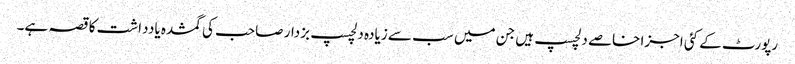
رپورٹ کے کئی اجزا خاصے دلچسپ ہیں جن میں سب سے زیادہ دلچسپ بزدار صاحب کی گمشدہ یادداشت کا قصہ ہے۔